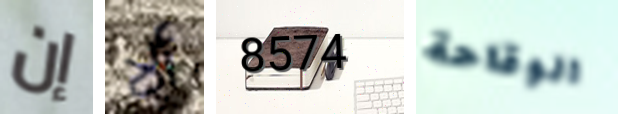
إن ألا 8574 الوقاحة